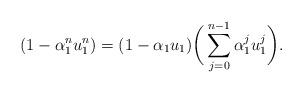
LaTeX: \begin{align*} (1-\alpha_1^n u_1^n)= (1-\alpha_1u_1)\bigg( \sum_{j=0}^{n-1}\alpha_1^ju_1^j \bigg).\end{align*}